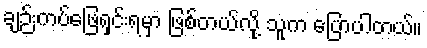
ချဉ်းကပ်ဖြေရှင်းရမှာ ဖြစ်တယ်လို့ သူက ပြောပါတယ်။